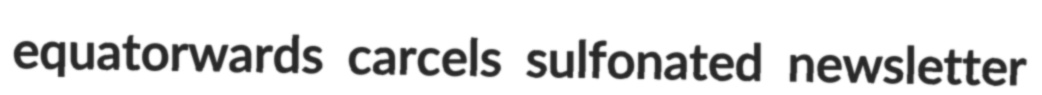
equatorwards carcels sulfonated newsletter